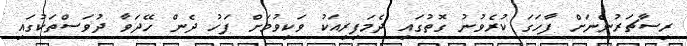
ރިސާޗަރުންނަށް ފާހަގަ ކުރެވުނު ގޮތުގައި ދެމަފިރިއަކު ވަކިވުމަށް ފަހު ދެން ހޭދަވާ ދުވަސްތަކުގައި